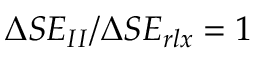
\Delta S E _ { I I } / \Delta S E _ { r l x } = 1